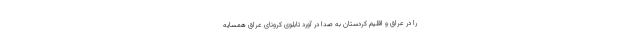
را در عراق و اقلیم کردستان به صدا در آورد تابلوی کرونای عراق همسایه